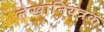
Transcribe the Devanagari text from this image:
लेखानियंत्रक